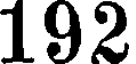
192